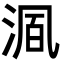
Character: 𬇺